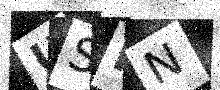
Text: USRN